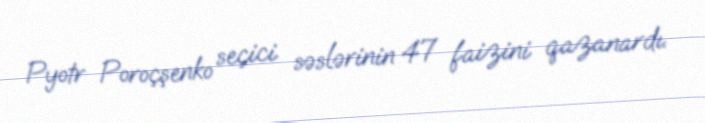
Pyotr Poroçşenko seçici səslərinin 47 faizini qazanardı.